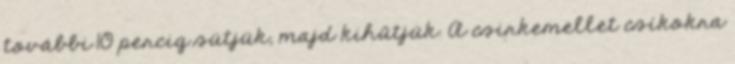
további 10 percig sütjük, majd kihűtjük. A csirkemellet csíkokra